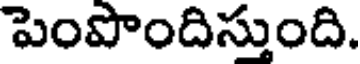
పెంపొందిస్తుంది.